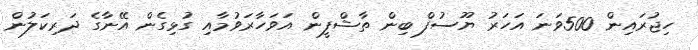
ހިޖުރައިން 500ވަނަ އަހަރު ޔޫސުފް ބިން ތާޝްފީން އަވަހާރަވުމާއި ގުޅިގެން އޭނާގެ ދަރިކަލުން